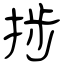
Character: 捗